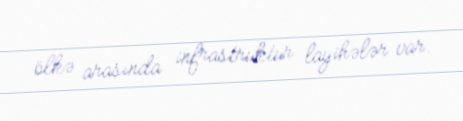
ölkə arasında infrastruktur layihələr var.